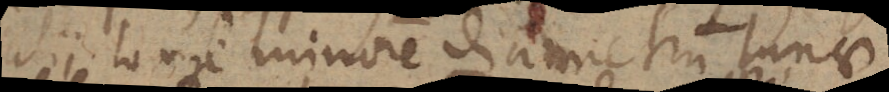
alii longe minorem diametrum Lunae